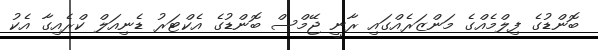
ބޮންޑުގެ ފިލްމެއްގެ މަންޒަރެއްގައި ރާނީ ޖޭމްސް ބޮންޑުގެ އެކްޓަރު ޑެނިއަލް ކްރެއިގާ އެކު